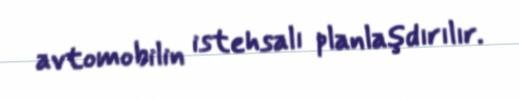
avtomobilin istehsalı planlaşdırılır.